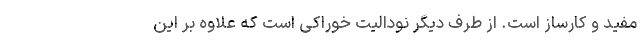
مفید و کارساز است. از طرف دیگر نودالیت خوراکی است که علاوه بر این